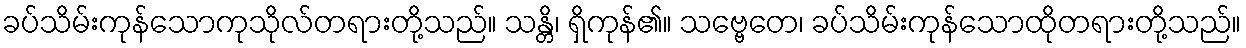
ခပ်သိမ်းကုန်သောကုသိုလ်တရားတို့သည်။ သန္တိ၊ ရှိကုန်၏။ သဗ္ဗေတေ၊ ခပ်သိမ်းကုန်သောထိုတရားတို့သည်။